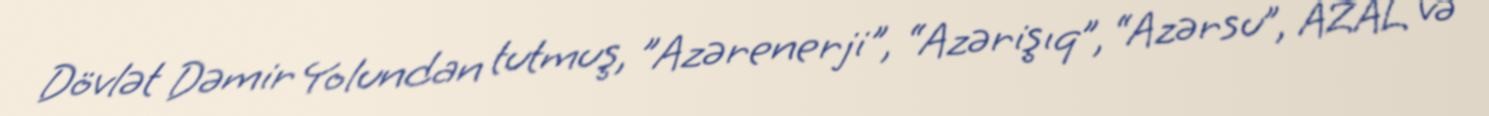
Dövlət Dəmir Yolundan tutmuş, ”Azərenerji", “Azərişıq”, “Azərsu”, AZAL və